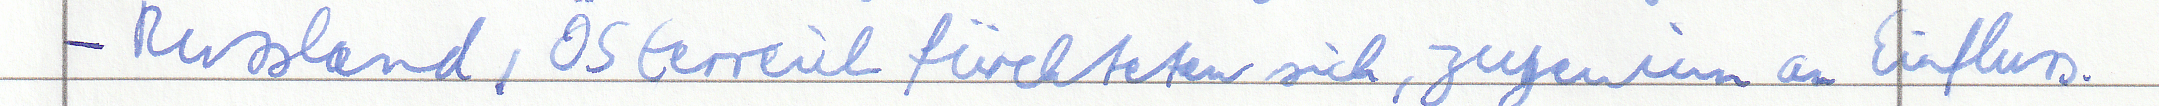
- Russland, Österreich fürchten sich, zugewinn an Einfluss.